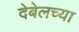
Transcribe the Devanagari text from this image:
देबेलच्या